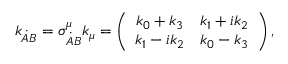
k _ { \dot { A } B } = \sigma _ { \dot { A } B } ^ { \mu } k _ { \mu } = \left( \begin{array} { c c } { { k _ { 0 } + k _ { 3 } } } & { { k _ { 1 } + i k _ { 2 } } } \\ { { k _ { 1 } - i k _ { 2 } } } & { { k _ { 0 } - k _ { 3 } } } \end{array} \right) ,